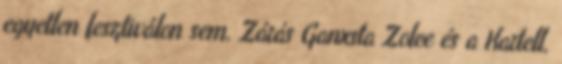
egyetlen fesztiválon sem. Zárás Ganxsta Zolee és a Kartell,